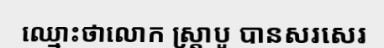
ឈ្មោះថាលោក ស្ត្រាបូ បានសរសេរ